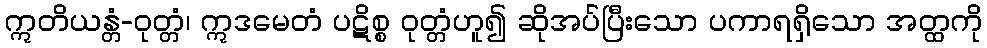
ဣတိယန္တံ-ဝုတ္တံ၊ ဣဒမေတံ ပဋိစ္စ ဝုတ္တံဟူ၍ ဆိုအပ်ပြီးသော ပကာရရှိသော အတ္ထကို